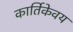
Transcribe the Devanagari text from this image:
कार्तिकेवय